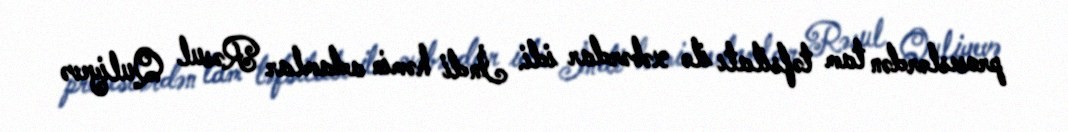
proseslərdən tam təfsilatı ilə xəbərdar idi. İndi həmin adamlar Rəsul Quliyevə